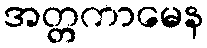
အတ္တကာမေန